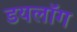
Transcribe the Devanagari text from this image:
डयलॉग